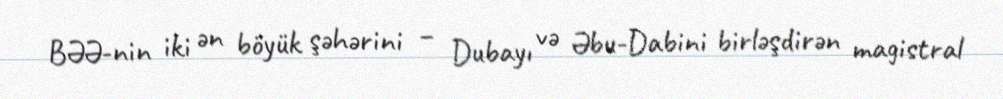
BƏƏ-nin iki ən böyük şəhərini – Dubayı və Əbu-Dabini birləşdirən magistral